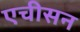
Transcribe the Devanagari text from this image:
एचीसन